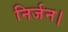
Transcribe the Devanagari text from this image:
निर्जन।